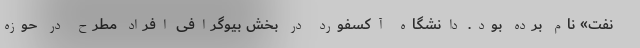
نفت» نام برده بود. دانشگاه آکسفورد در بخش بیوگرافی افراد مطرح در حوزه